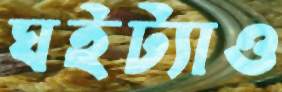
ঘইট্যাও